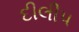
દીલીપ